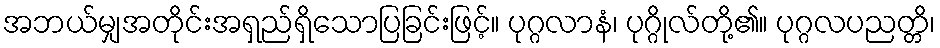
အဘယ်မျှအတိုင်းအရှည်ရှိသောပြခြင်းဖြင့်။ ပုဂ္ဂလာနံ၊ ပုဂ္ဂိုလ်တို့၏။ ပုဂ္ဂလပညတ္တိ၊